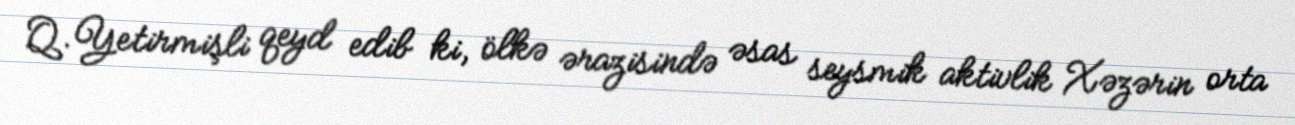
Q.Yetirmişli qeyd edib ki, ölkə ərazisində əsas seysmik aktivlik Xəzərin orta